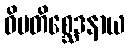
ဝိမတိစ္ဆေဒနာယ